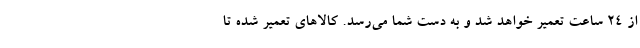
از 24 ساعت تعمیر خواهد شد و به دست شما می‌رسد. کالاهای تعمیر شده تا